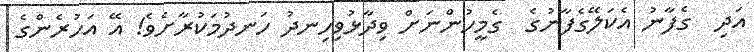
އަދި  ގެފާނު އެކަލޭގެފާނުގެ  ގެމީހުންނަށް ވިދާޅުވިހިނދު ހަނދުމަކުރާށެވެ! އޭ އަހުރެންގެ